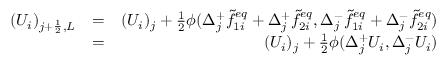
\begin{array} { r l r } { ( U _ { i } ) _ { j + \frac { 1 } { 2 } , L } } & { = } & { ( U _ { i } ) _ { j } + \frac { 1 } { 2 } \phi ( \Delta _ { j } ^ { + } \widetilde { f } _ { 1 i } ^ { e q } + \Delta _ { j } ^ { + } \widetilde { f } _ { 2 i } ^ { e q } , \Delta _ { j } ^ { - } \widetilde { f } _ { 1 i } ^ { e q } + \Delta _ { j } ^ { - } \widetilde { f } _ { 2 i } ^ { e q } ) } \\ & { = } & { ( U _ { i } ) _ { j } + \frac { 1 } { 2 } \phi ( \Delta _ { j } ^ { + } U _ { i } , \Delta _ { j } ^ { - } U _ { i } ) } \end{array}